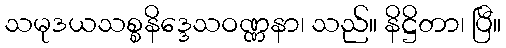
သမုဒယသစ္စနိဒ္ဒေသဝဏ္ဏနာ၊ သည်။ နိဋ္ဌိတာ၊ ပြီ။